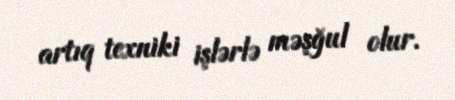
artıq texniki işlərlə məşğul olur.